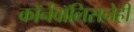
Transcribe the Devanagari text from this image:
कॉर्नवॉलिसनेही